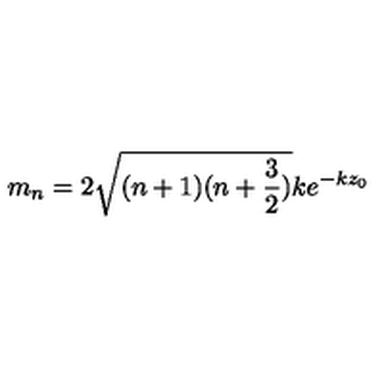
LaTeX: m _ { n } = 2 \sqrt { ( n + 1 ) ( n + \frac { 3 } { 2 } ) } k e ^ { - k z _ { 0 } }